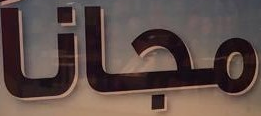
مجانا